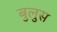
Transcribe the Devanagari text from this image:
बुलुस